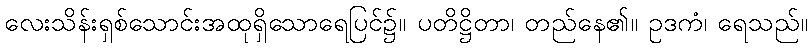
လေးသိန်းရှစ်သောင်းအထုရှိသောရေပြင်၌။ ပတိဋ္ဌိတာ၊ တည်နေ၏။ ဥဒကံ၊ ရေသည်။